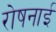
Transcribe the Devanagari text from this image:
रोषनाई